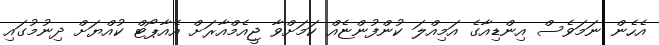
އެހެން ނަމަވެސް އިންޑިއާގެ އަމިއްލަ ކުންފުންޏެއް ކަމަށްވާ ޖީއެމްއާރަށް އެއާޕޯޓް ކުއްޔަށް ދިނުމުގައި